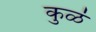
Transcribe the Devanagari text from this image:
कुळं